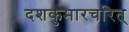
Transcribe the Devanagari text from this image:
दशकुमारचरित्‌